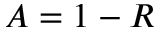
A = 1 - R